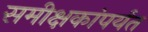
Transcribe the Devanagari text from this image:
समीक्षकांपर्यंत